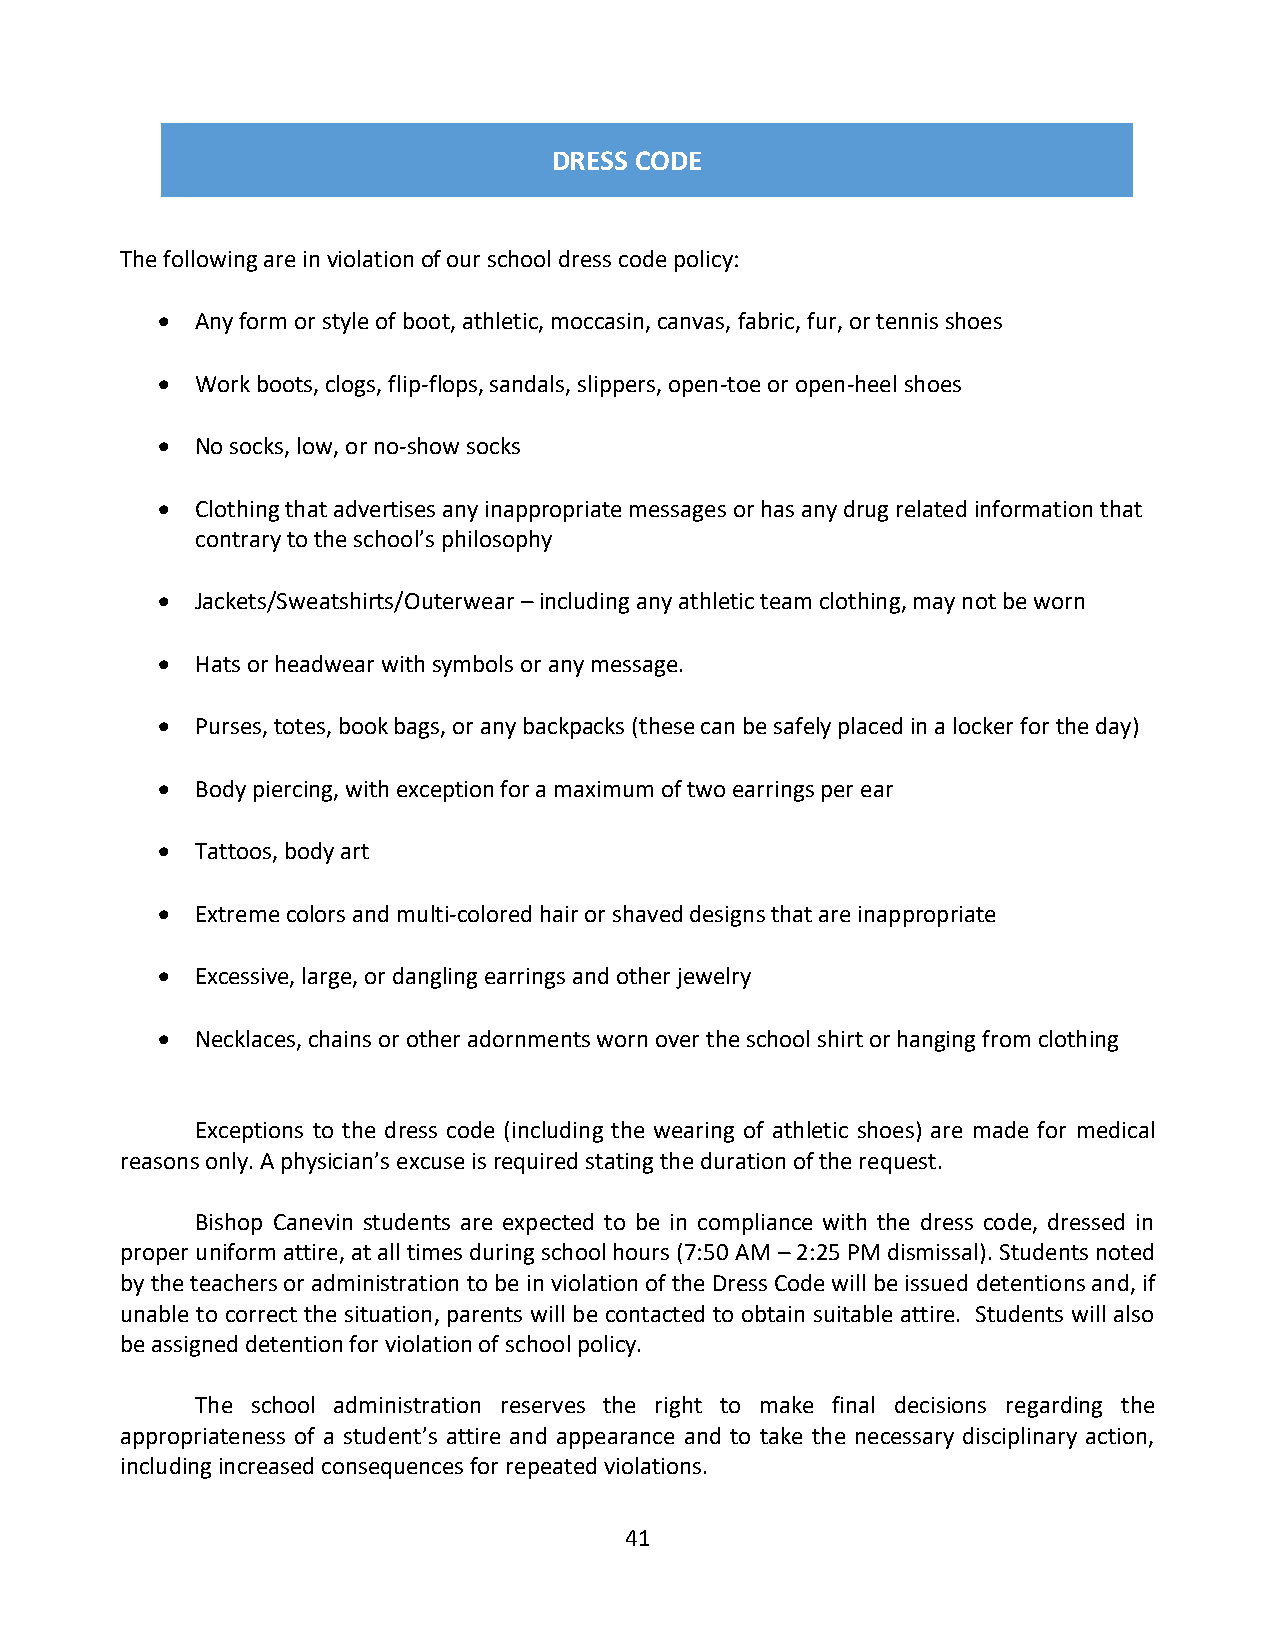
DRESS CODE
 DRESS CODE
 The following are in violation of our school dress code policy:
   Any form or style of boot, athletic, moccasin, canvas, fabric, fur, or tennis shoes
   Work boots, clogs, flip-flops, sandals, slippers, open-toe or open-heel shoes
   No socks, low, or no-show socks
   Clothing that advertises any inappropriate messages or has any drug related information that
 contrary to the school’s philosophy
   Jackets/Sweatshirts/Outerwear – including any athletic team clothing, may not be worn
   Hats or headwear with symbols or any message.
   Purses, totes, book bags, or any backpacks (these can be safely placed in a locker for the day)
   Body piercing, with exception for a maximum of two earrings per ear
   Tattoos, body art
   Extreme colors and multi-colored hair or shaved designs that are inappropriate
   Excessive, large, or dangling earrings and other jewelry
   Necklaces, chains or other adornments worn over the school shirt or hanging from clothing
 Exceptions to the dress code (including the wearing of athletic shoes) are made for medical
 reasons only. A physician’s excuse is required stating the duration of the request.
 Bishop Canevin students are expected to be in compliance with the dress code, dressed in
 proper uniform attire, at all times during school hours (7:50 AM – 2:25 PM dismissal). Students noted
 by the teachers or administration to be in violation of the Dress Code will be issued detentions and, if
 unable to correct the situation, parents will be contacted to obtain suitable attire. Students will also
 be assigned detention for violation of school policy.
 The school administration reserves the right to make final decisions regarding the
 appropriateness of a student’s attire and appearance and to take the necessary disciplinary action,
 including increased consequences for repeated violations.
 41